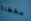
مخطئا